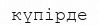
күпірде